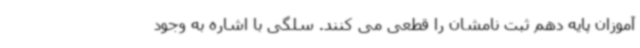
آموزان پایه دهم ثبت نامشان را قطعی می کنند. سلگی با اشاره به وجود